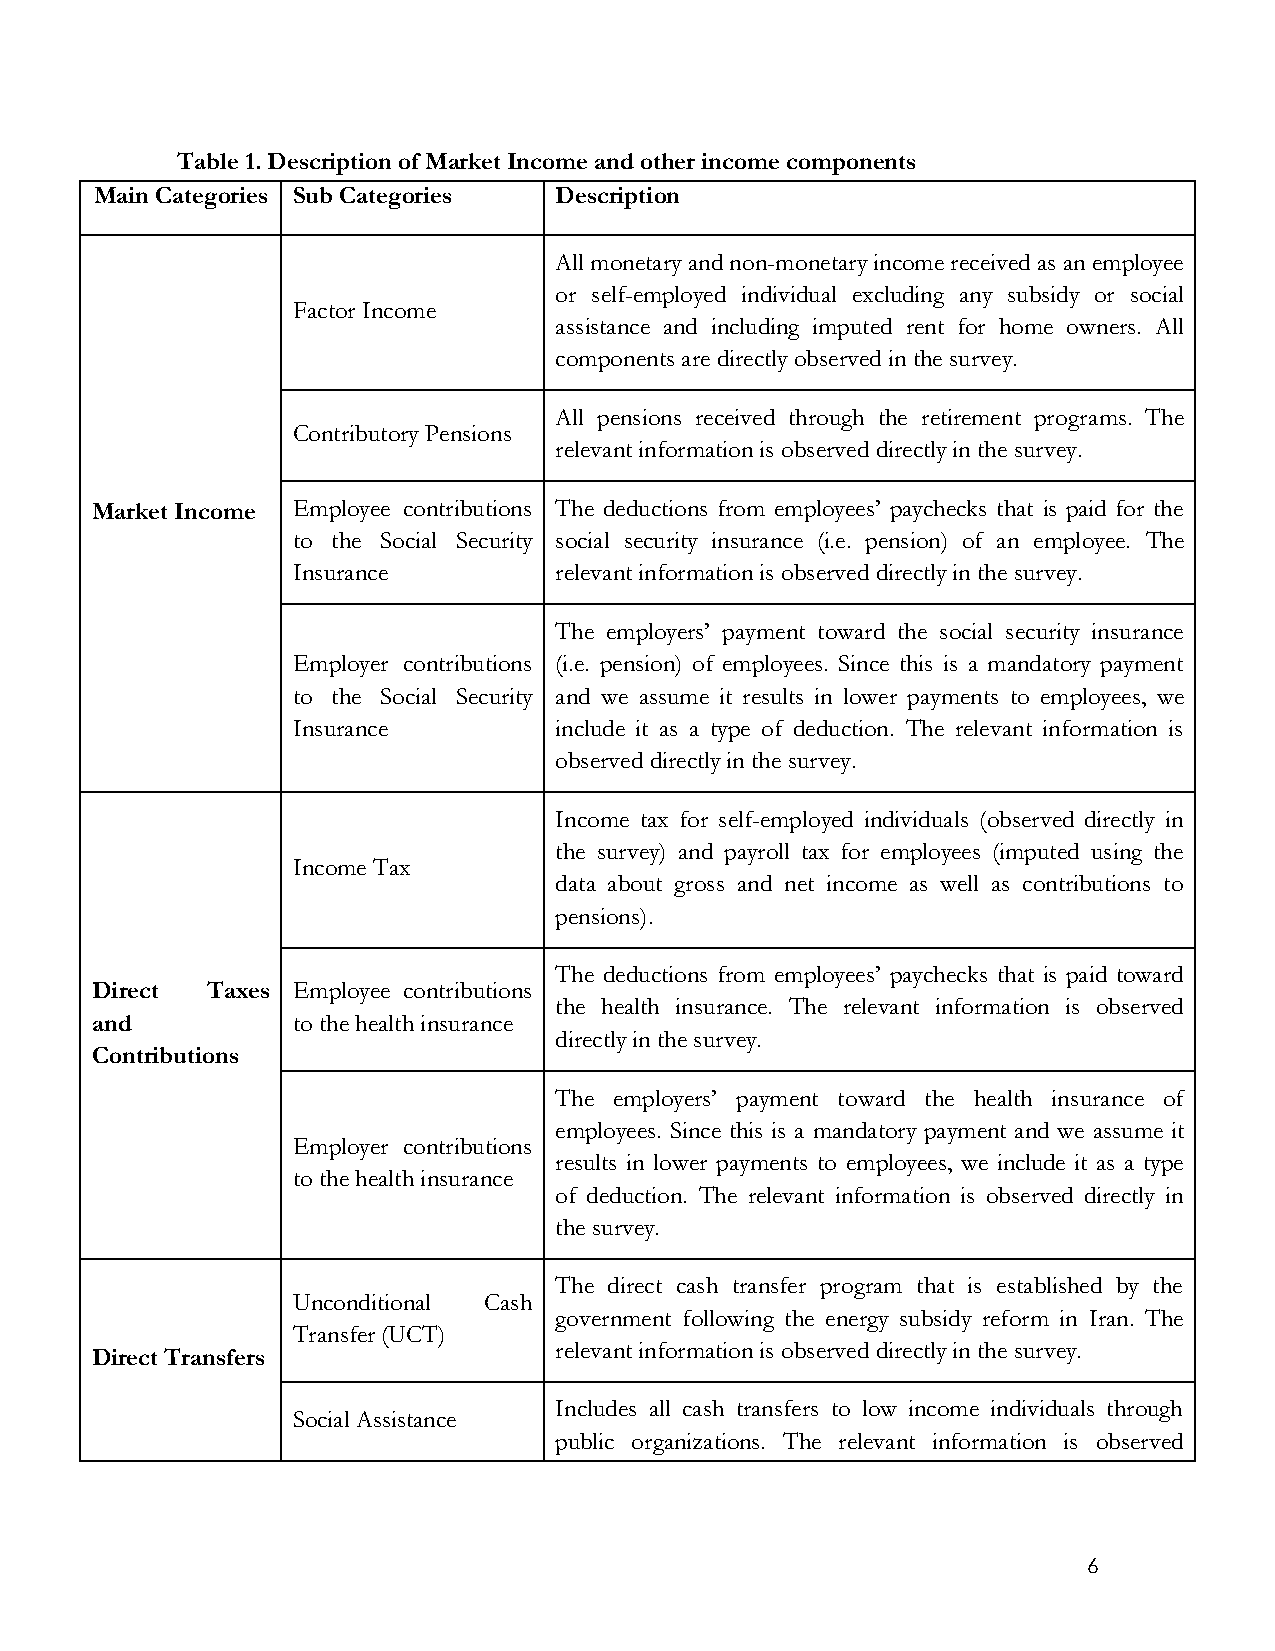
Table 1. Description of Market Income and other income components
 Main Categories Sub Categories Description
 All monetary and non-monetary income received as an employee
 or self-employed individual excluding any subsidy or social
 Factor Income
 assistance and including imputed rent for home owners. All
 components are directly observed in the survey.
 All pensions received through the retirement programs. The
 Contributory Pensions
 relevant information is observed directly in the survey.
 Market Income Employee contributions The deductions from employees’ paychecks that is paid for the
 to the Social Security social security insurance (i.e. pension) of an employee. The
 Insurance         relevant information is observed directly in the survey.
 The employers’ payment toward the social security insurance
 Employer contributions (i.e. pension) of employees. Since this is a mandatory payment
 to the Social Security and we assume it results in lower payments to employees, we
 Insurance         include it as a type of deduction. The relevant information is
 observed directly in the survey.
 Income tax for self-employed individuals (observed directly in
 the survey) and payroll tax for employees (imputed using the
 Income Tax
 data about gross and net income as well as contributions to
 pensions).
 The deductions from employees’ paychecks that is paid toward
 Direct  Taxes Employee contributions
 the health insurance. The relevant information is observed
 and          to the health insurance
 directly in the survey.
 Contributions
 The employers’ payment toward the health insurance of
 employees. Since this is a mandatory payment and we assume it
 Employer contributions
 results in lower payments to employees, we include it as a type
 to the health insurance
 of deduction. The relevant information is observed directly in
 the survey.
 The direct cash transfer program that is established by the
 Unconditional Cash
 government following the energy subsidy reform in Iran. The
 Transfer (UCT)
 relevant information is observed directly in the survey.
 Direct Transfers
 Includes all cash transfers to low income individuals through
 Social Assistance
 public organizations. The relevant information is observed
 6